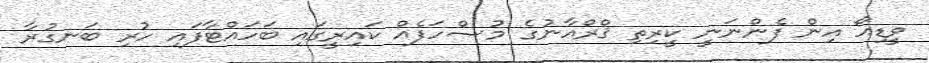
ވީޑިއޯ އިން ފެންނަނީ ކީރިތި ޤްރްއާނުގެ މުޞްހަފެއް ކައިރީގައި ބަހައްޓާފައި ހުރި ބަނގުރާ